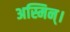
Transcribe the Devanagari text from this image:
अस्मिन्।